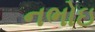
નભોઇ